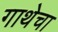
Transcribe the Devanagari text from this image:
गाथेचा